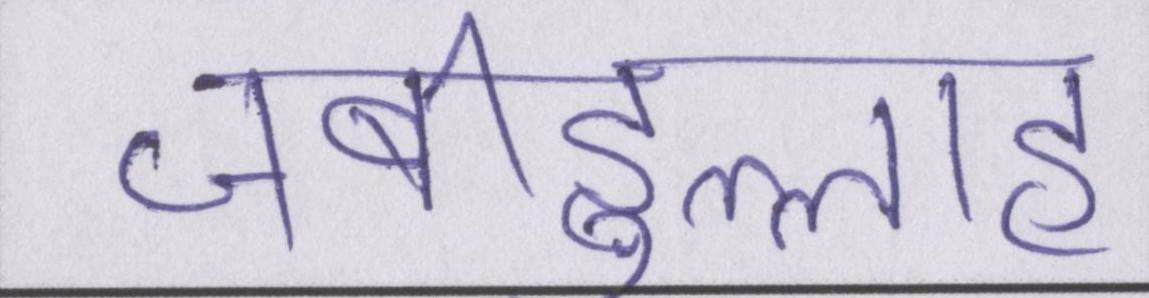
ज़बीहुल्लाह